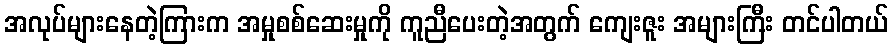
အလုပ်များနေတဲ့ကြားက အမှုစစ်ဆေးမှုကို ကူညီပေးတဲ့အတွက် ကျေးဇူး အများကြီး တင်ပါတယ်